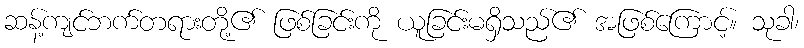
ဆန့်ကျင်ဘက်တရားတို့၏ ဖြစ်ခြင်းကို ယူခြင်းမရှိသည်၏ အဖြစ်ကြောင့်။ သုခါ၊